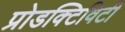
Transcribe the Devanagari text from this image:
प्रोडक्टिविटी